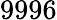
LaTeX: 9996